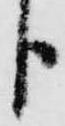
分